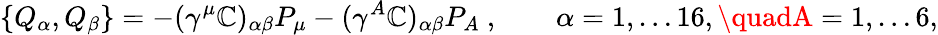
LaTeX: \{ Q_{\alpha},Q_{\beta}\} =-(\gamma^{\mu}\mathbb{C})_{\alpha\beta}P_{\mu}-(\gamma^{A}\mathbb{C})_{\alpha\beta}P_{A}\ ,\qquad\alpha=1,\dots16,\quadA=1,\dots6,